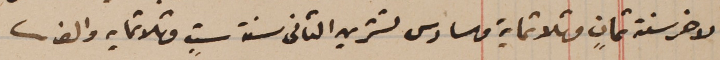
الاخر سنة ثمانٍ وثلاثماية وسادس تشرين الثانى سنة ستٍ وثلاثمايه والف.